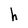
Character: h